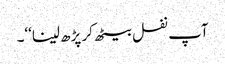
آپ نفل بیٹھ کر پڑھ لینا‘‘۔